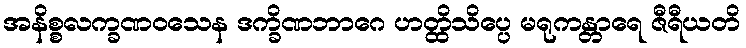
အနိစ္စလက္ခဏဝသေန ဒက္ခိဏဘာဂေ ဟတ္ထိသိပ္ပေ မရုကန္တာရေ ဇီရီယတိ